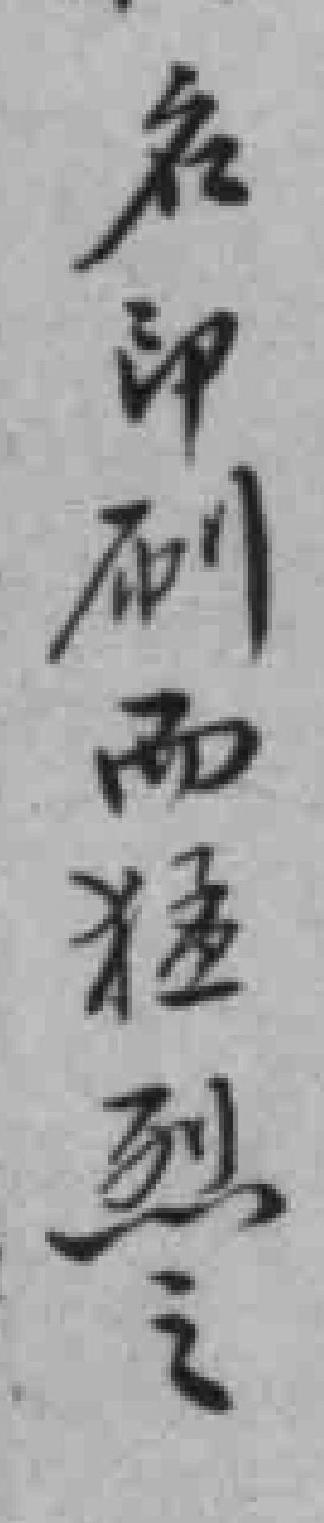
名印刷而猛烈之